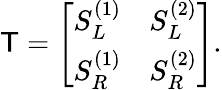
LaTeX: \mathsf{T}=\left[\begin{array}{ll}{S_{L}^{(1)}}&{S_{L}^{(2)}}\\ {S_{R}^{(1)}}&{S_{R}^{(2)}}\end{array}\right].